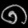
Digit: ၈